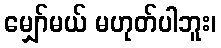
မျှော်မယ် မဟုတ်ပါဘူး၊